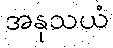
အနုသယံ